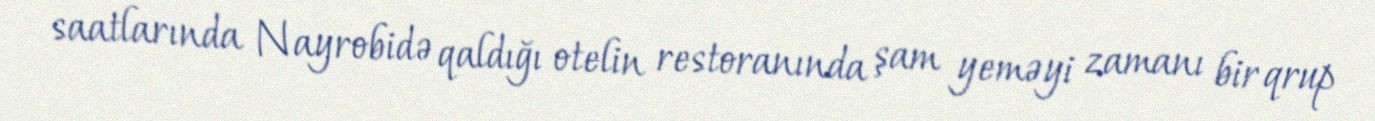
saatlarında Nayrobidə qaldığı otelin restoranında şam yeməyi zamanı bir qrup